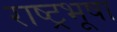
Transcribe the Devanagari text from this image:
राष्ट्रभूषा